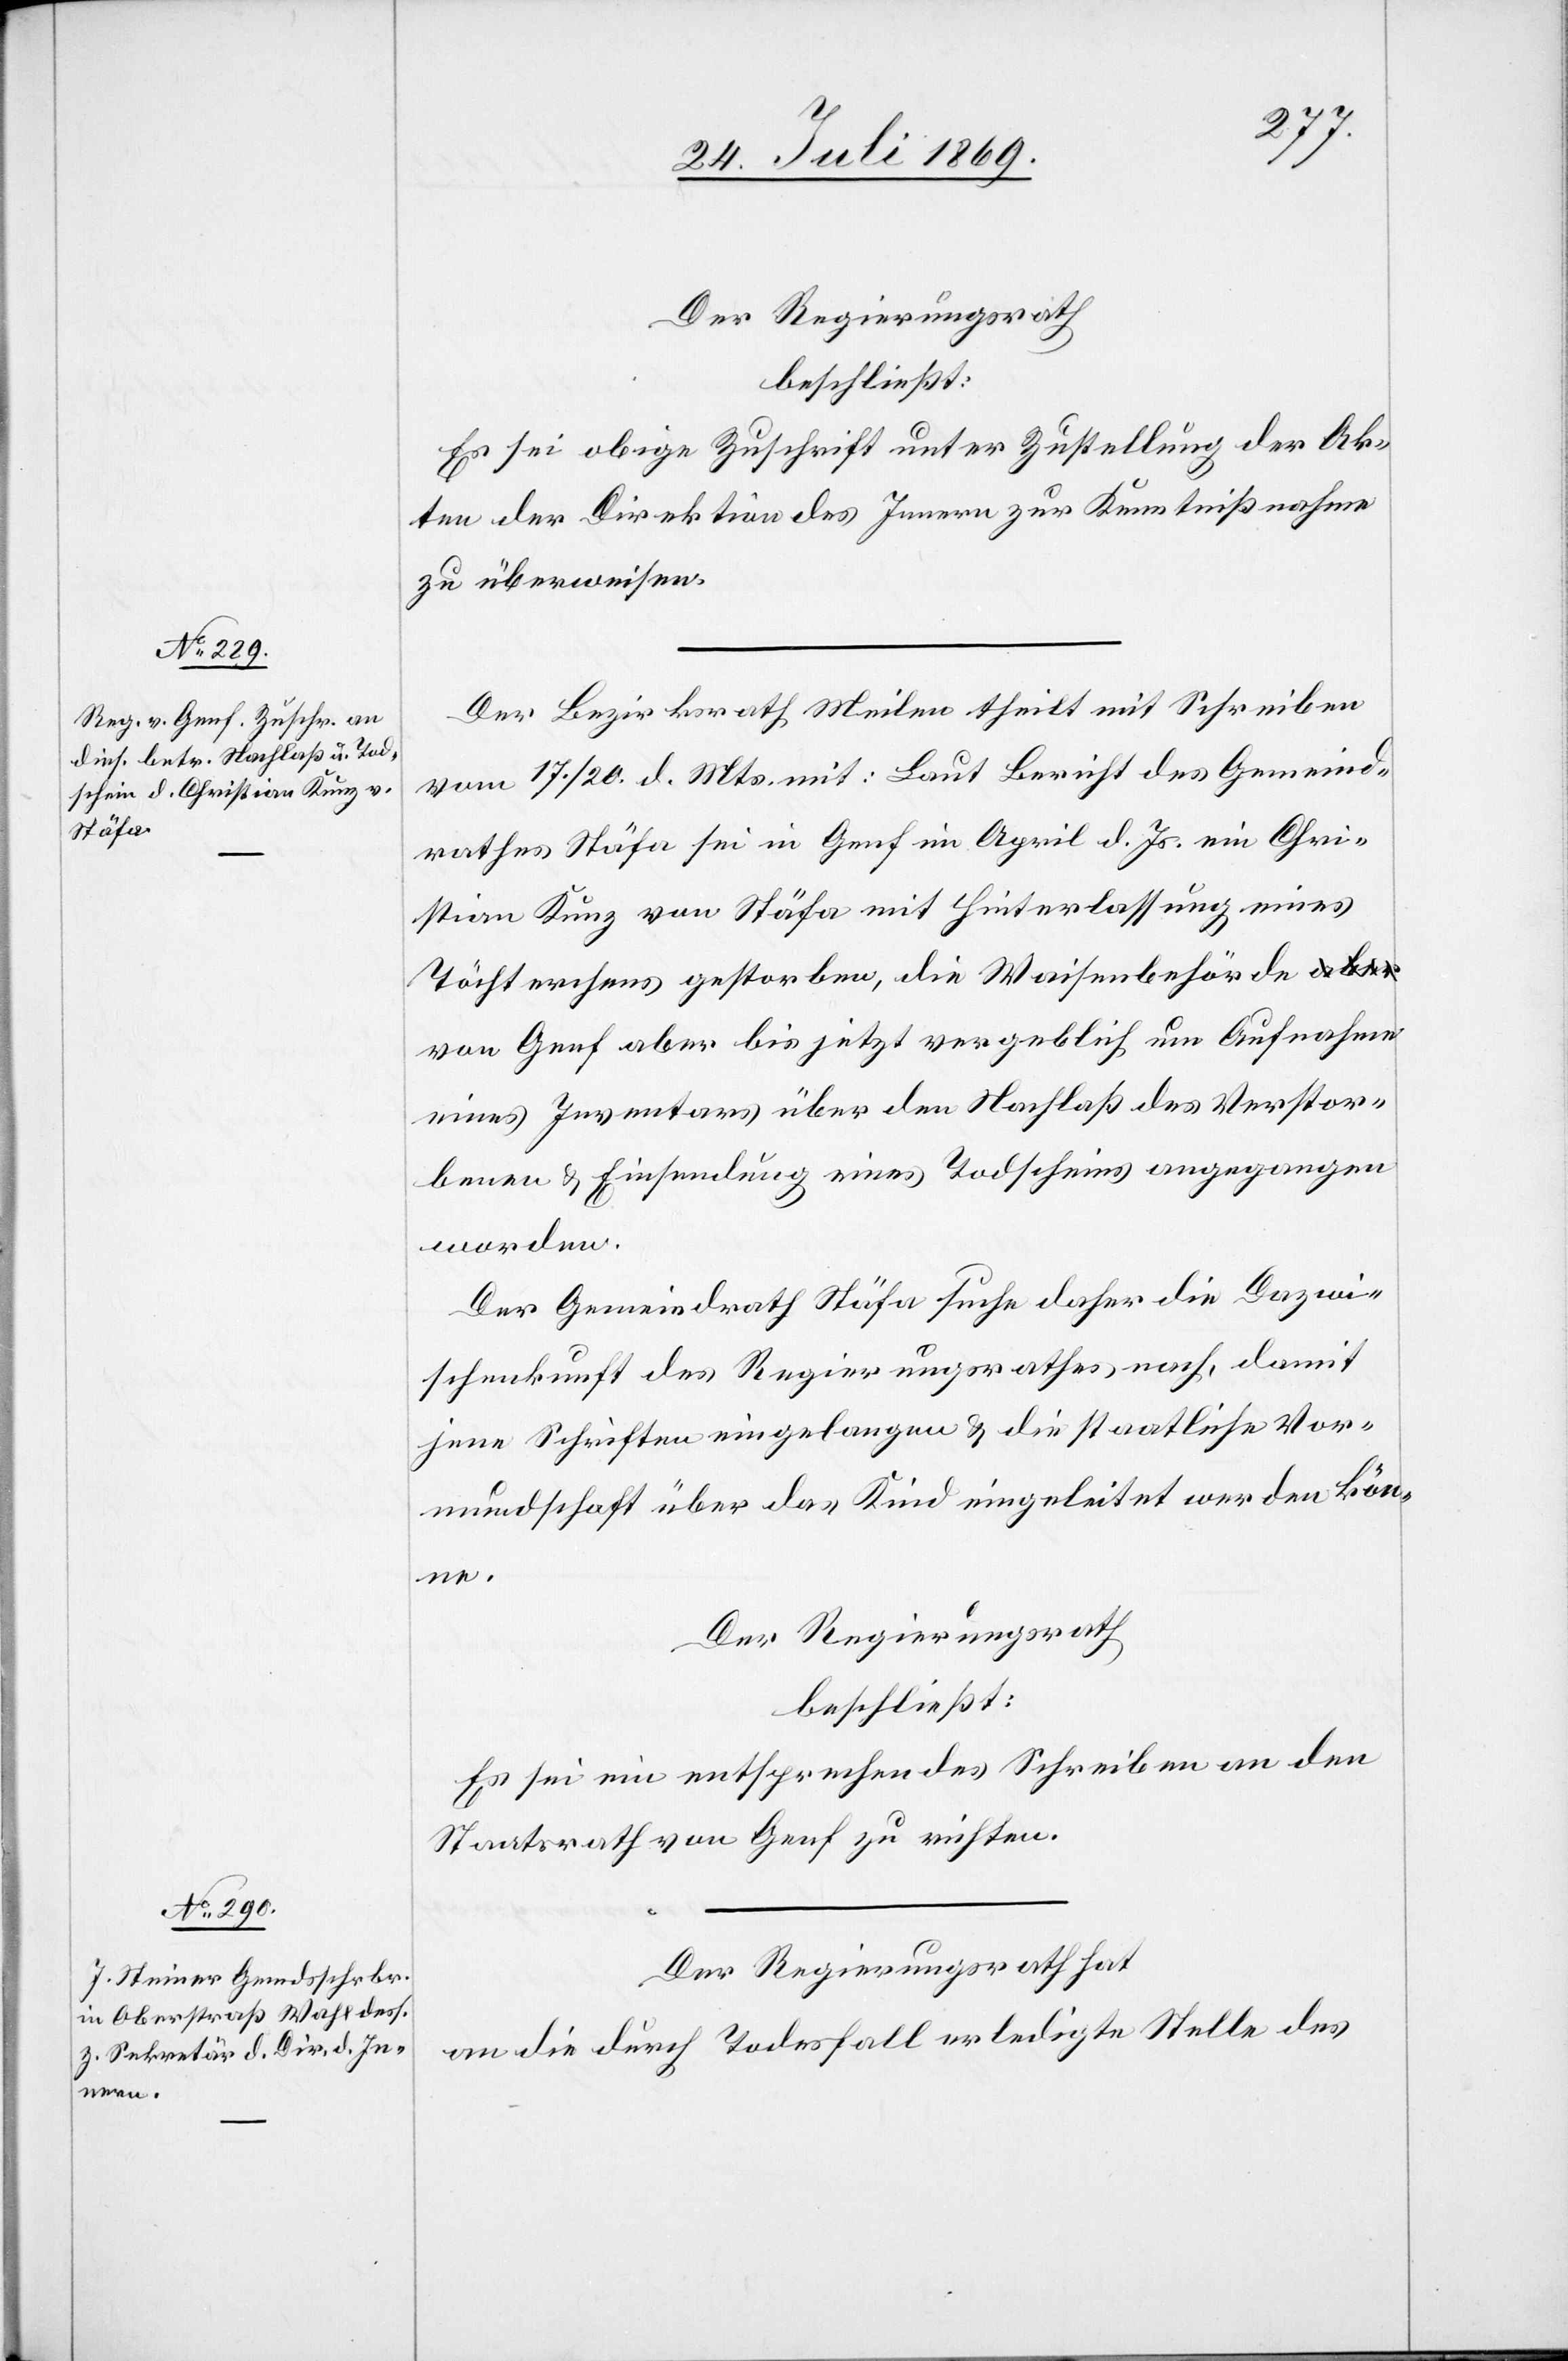
Der Regierungsrath
beschließt:
Es sei obige Zuschrift unter Zustellung der Ak¬
ten der Direktion des Innern zur Kenntnißnahme
zu überweisen.
Der Bezirksrath Meilen theilt mit Schreiben
vom 17/20 d. Mts. mit: Laut Bericht des Gemeind¬
rathes Stäfa sei in Genf im April d. Js. ein Chri¬
stian Kunz von Stäfa mit Hinterlassung eines
Töchterchens gestorben, die Waisenbehörde
von Genf aber bis jetzt vergeblich um Aufnahme
eines Inventars über den Nachlaß des Verstor¬
benen u. Einsendung eines Todschein angegangen
worden.
Der Gemeindrath Stäfa suche daher die Dazwi¬
schenkunft des Regierungsrathes, nach, damit
jene Schriften eingefangen u. die staatliche Vor¬
mundschaft über das Kind eingeleitet werden kön¬
ne.
Der Regierungsrath,
beschließt:
Es sei entsprechendes Schreiben an den
Staatsrath von Genf zu richten.
Der Regierungsrath hat
an die durch Todesfall erledigte Stelle des